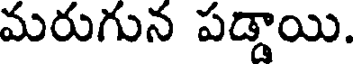
మరుగున పడ్డాయి.